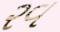
રવ